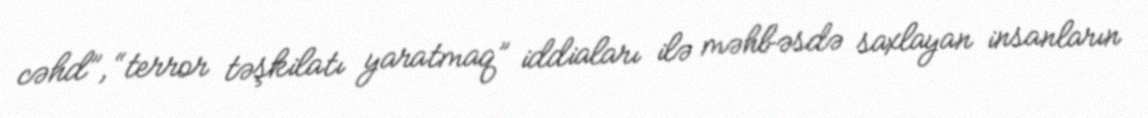
cəhd”, “terror təşkilatı yaratmaq” iddiaları ilə məhbəsdə saxlayan insanların